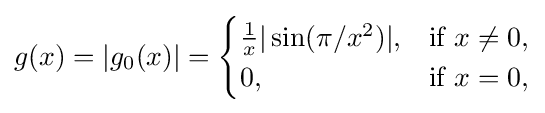
{\textstyle g(x)=|g_{0}(x)|={\begin{cases}{\frac {1}{x}}|\sin(\pi /x^{2})|,&{\text{if }}x\neq 0,\\0,&{\text{if }}x=0,\end{cases}}}